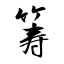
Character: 筹